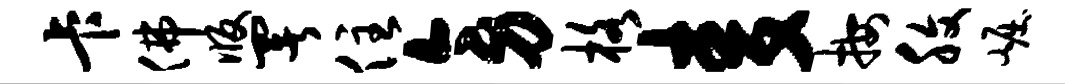
卡佛版署住旁格麦按腹崛